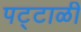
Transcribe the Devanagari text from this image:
पट्टाळी